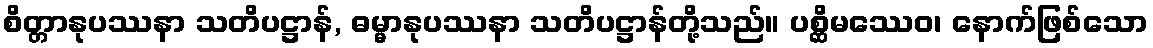
စိတ္တာနုပဿနာ သတိပဋ္ဌာန်, ဓမ္မာနုပဿနာ သတိပဋ္ဌာန်တို့သည်။ ပစ္ဆိမဿေဝ၊ နောက်ဖြစ်သော